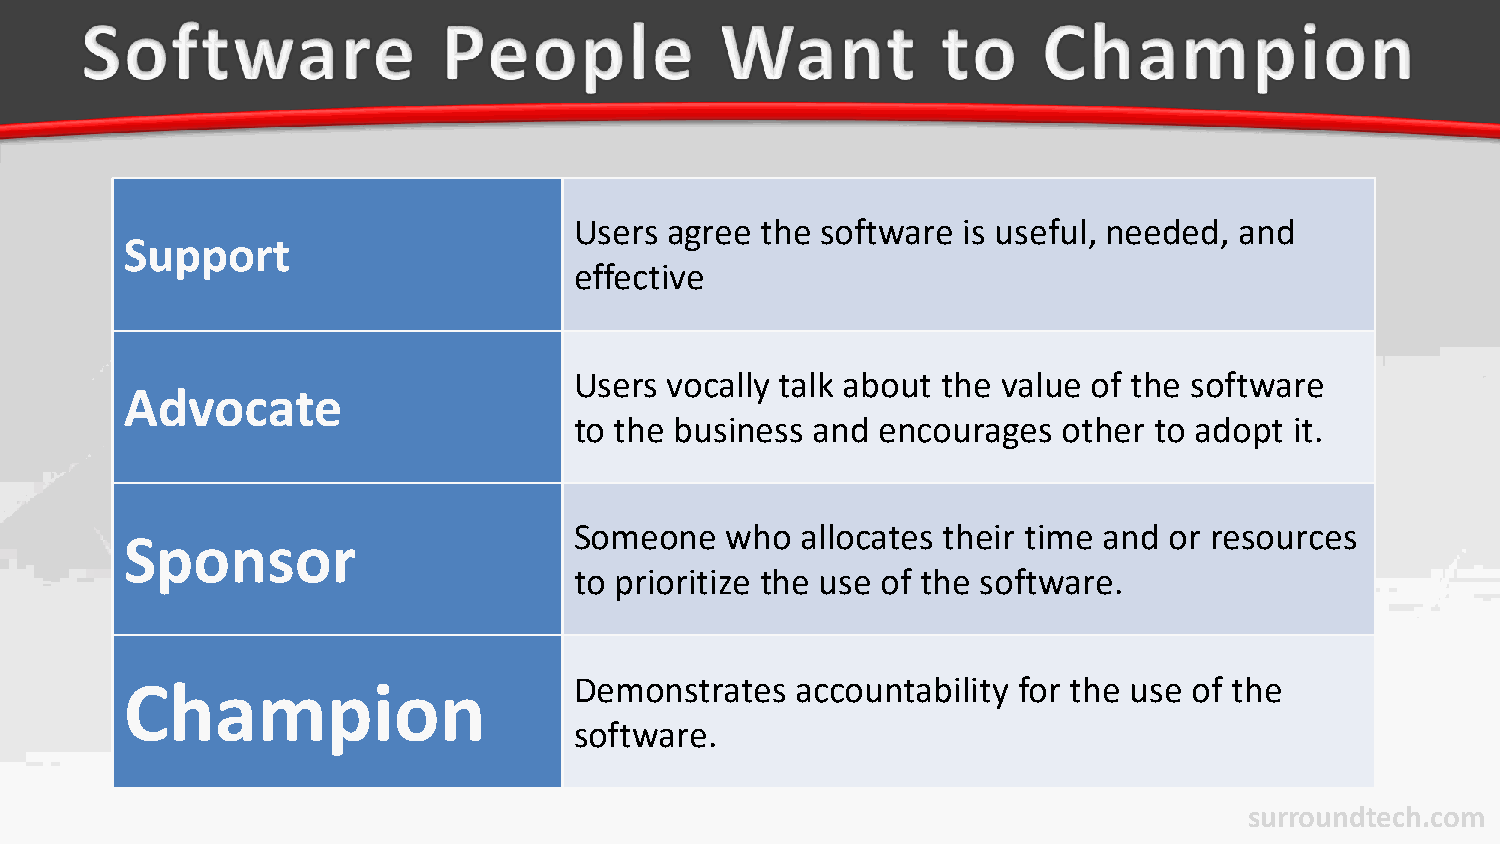
Users agree the software  is useful, needed, and
 Support
 effective
 Users vocally talk about the value of the software
 Advocate
 to the business and encourages  other to adopt  it.
 Someone   who  allocates their time and or resources
 Sponsor
 to prioritize the use of the software.
 Champion                      Demonstrates   accountability for the use of the
 software.
 surroundtech.com